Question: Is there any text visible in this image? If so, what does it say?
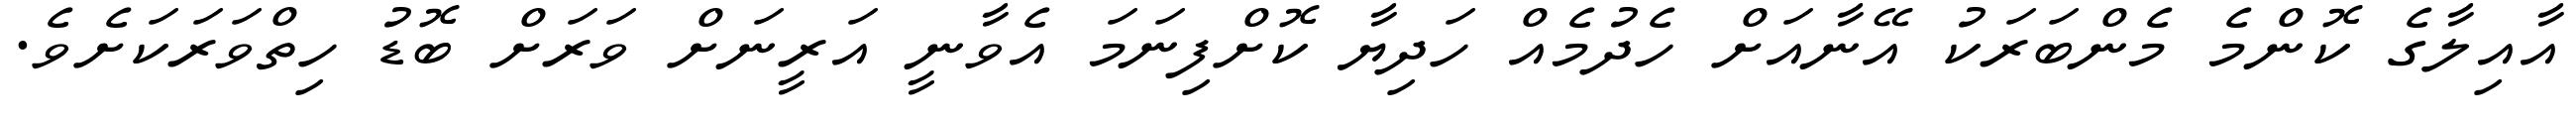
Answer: އާއިލާގެ ކޮންމެ މެންބަރަކު އޭނާއަށް ހެދުމެއް ހަދިޔާ ކޮށްފިނަމަ އެވާނީ އަރީނަށް ވަރަށް ބޮޑު ހިތްވަރަކަށެވެ.